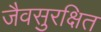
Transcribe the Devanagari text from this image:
जैवसुरक्षित